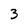
Character: 3